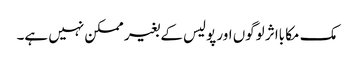
مک مکا بااثر لوگوں اور پولیس کے بغیر ممکن نہیں ہے۔